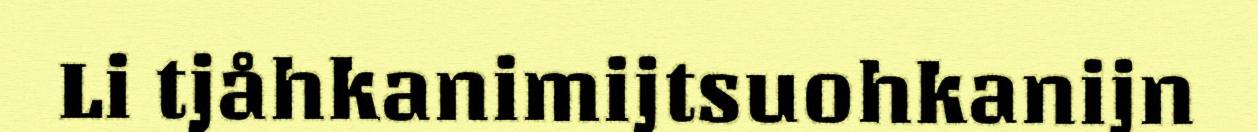
Li tjåhkanimijtsuohkanijn